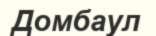
Домбаул